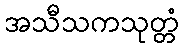
အသီသကသုတ္တံ